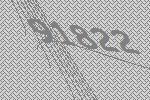
91822